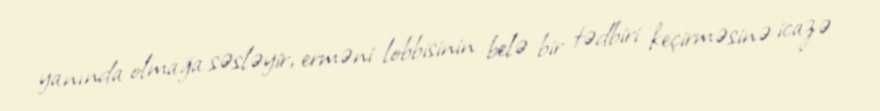
yanında olmağa səsləyir, erməni lobbisinin belə bir tədbiri keçirməsinə icazə